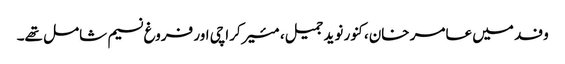
وفد میں عامر خان، کنور نوید جمیل، مئیرکراچی اور فروغ نسیم شامل تھے۔